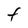
Character: F